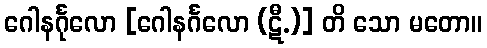
ဂေါနင်္ဂုလော [ဂေါနင်္ဂလော (ဋီ.)] တိ သော မတော။